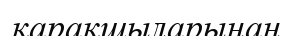
қарақшыларынан